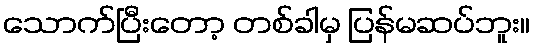
သောက်ပြီးတော့ တစ်ခါမှ ပြန်မဆပ်ဘူး။